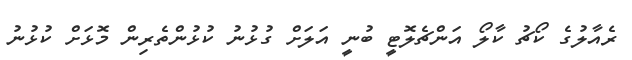
ރެއާލުގެ ކޯޗު ކާލޯ އަންޗެލޮޓީ ބުނީ އަލަށް ގުޅުނު ކުޅުންތެރިން މޮޅަށް ކުޅުނު